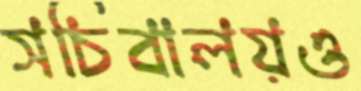
সচিবালয়ও